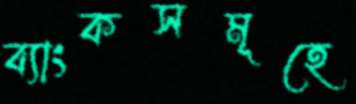
ব্যাংকসমূহে